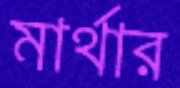
মার্থার